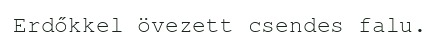
Erdőkkel övezett csendes falu.